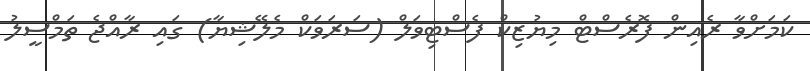
ކަމަށްވާ ރެއިން ފޮރެސްޓް މިޔުޒިކް ފެސްޓިވަލް (ސަރަވަކް މެލޭޝިޔާ) ގައި ރާއްޖެ ތަމްސީލު